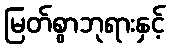
မြတ်စွာဘုရားနှင့်